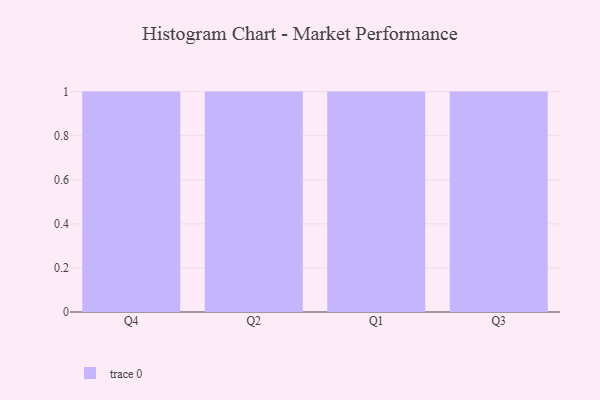
{"axis": {"x": "Quarter", "y": "Demand Index"}, "legend": [""], "data": [{"x": "Q4", "y": 60, "type": ""}, {"x": "Q2", "y": 66, "type": ""}, {"x": "Q1", "y": 51, "type": ""}, {"x": "Q3", "y": 71, "type": ""}]}